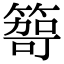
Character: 𥰮